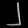
Digit: ၂